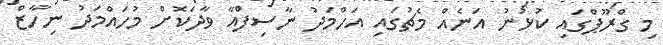
މި ގްރޫޕްގައި ކުޅުނު އަނެއް މެޗުގައި އަހްމަދު ނާސިފްއާ ވާދަކޮށް މުހައްމަދު ނިހާޒް